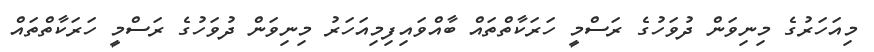
މިއަހަރުގެ މިނިވަން ދުވަހުގެ ރަސްމީ ހަރަކާތްތައް ބާއްވައިފިމިއަހަރު މިނިވަން ދުވަހުގެ ރަސްމީ ހަރަކާތްތައް